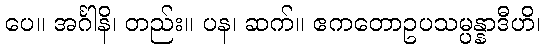
ပေ။ အင်္ဂါနိ၊ တည်း။ ပန၊ ဆက်။ ဧကတောဥပသမ္ပန္နာဒီဟိ၊